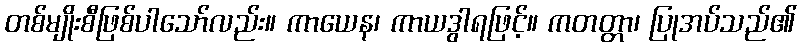
တစ်မျိုးစီဖြစ်ပါသော်လည်း။ ကာယေန၊ ကာယဒွါရဖြင့်။ ကတတ္တာ၊ ပြုအပ်သည်၏